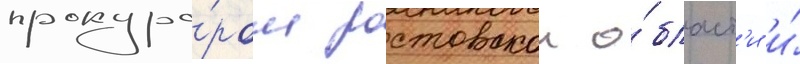
прокуро́ром ростовскои о́бласт'и и́